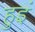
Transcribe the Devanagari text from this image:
हुइं